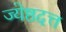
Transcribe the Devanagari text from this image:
ज्येष्ठदत्त